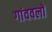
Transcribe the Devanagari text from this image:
गांववलों